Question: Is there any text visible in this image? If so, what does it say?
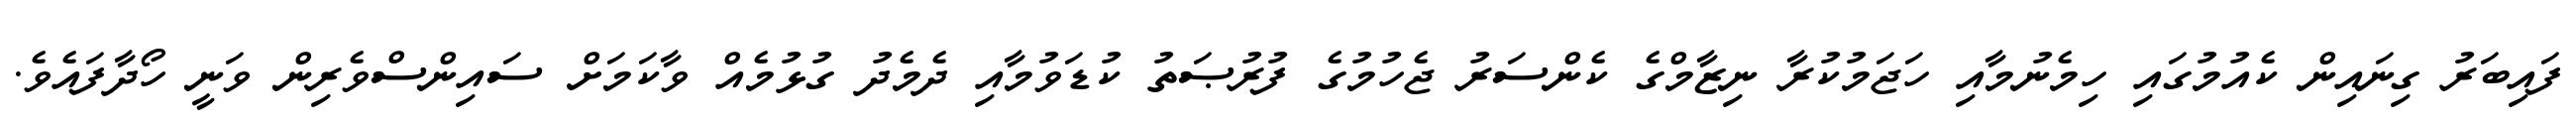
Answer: ފައިބަރު ގިނައިން ކެއުމުގައި ހިމެނުމާއި ހަޖަމުކުރާ ނިޒާމްގެ ކެންސަރު ޖެހުމުގެ ފުރުޞަތު ކުޑަވުމާއި ދެމެދު ގުޅުމެއް ވާކަމަށް ސައިންސްވެރިން ވަނީ ހޯދާފައެވެ.